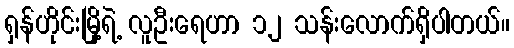
ရှန်ဟိုင်းမြို့ရဲ့ လူဦးရေဟာ ၁၂ သန်းလောက်ရှိပါတယ်။